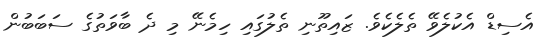
އެސިޑް އެކުލެވޭ ތެލެކެވެ. ޒައިތޫނި ތެލުގައި ހިމެނޭ މި ދެ ބާވަތުގެ ސަބަބުން